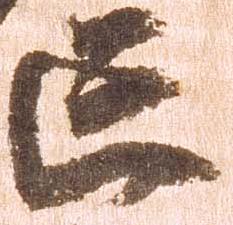
亡